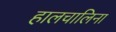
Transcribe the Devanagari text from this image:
हालचालिना